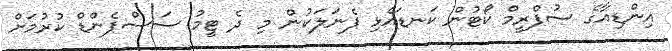
އިންޑިއާގެ ސުޕްރީމް ކޯޓުން ކަނޑައެޅި ޕެނަލަކުން މި ދެ ޓީމު ސަސްޕެންޑް ކުރުމަށް